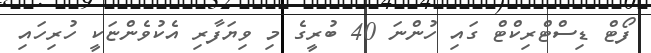
ފޯޓް ޑިސްޓްރިކްޓް ގައި ހުންނަ 40 ބުރީގެ މި ވިޔަފާރި އެކުވެންޏަކީ ހުރިހައި